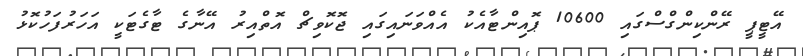
އޭޓީޕީ ރޭންކިންގްސްގައި 10600 ޕޮއިންޓާއެކު އެއްވަނައިގައި ޖޮކޮވިޗް އޮތްއިރު އޭނާގެ ޓާގެޓަކީ އަހަރުފަހުކޮޅު